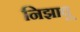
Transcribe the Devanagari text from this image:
निझावू